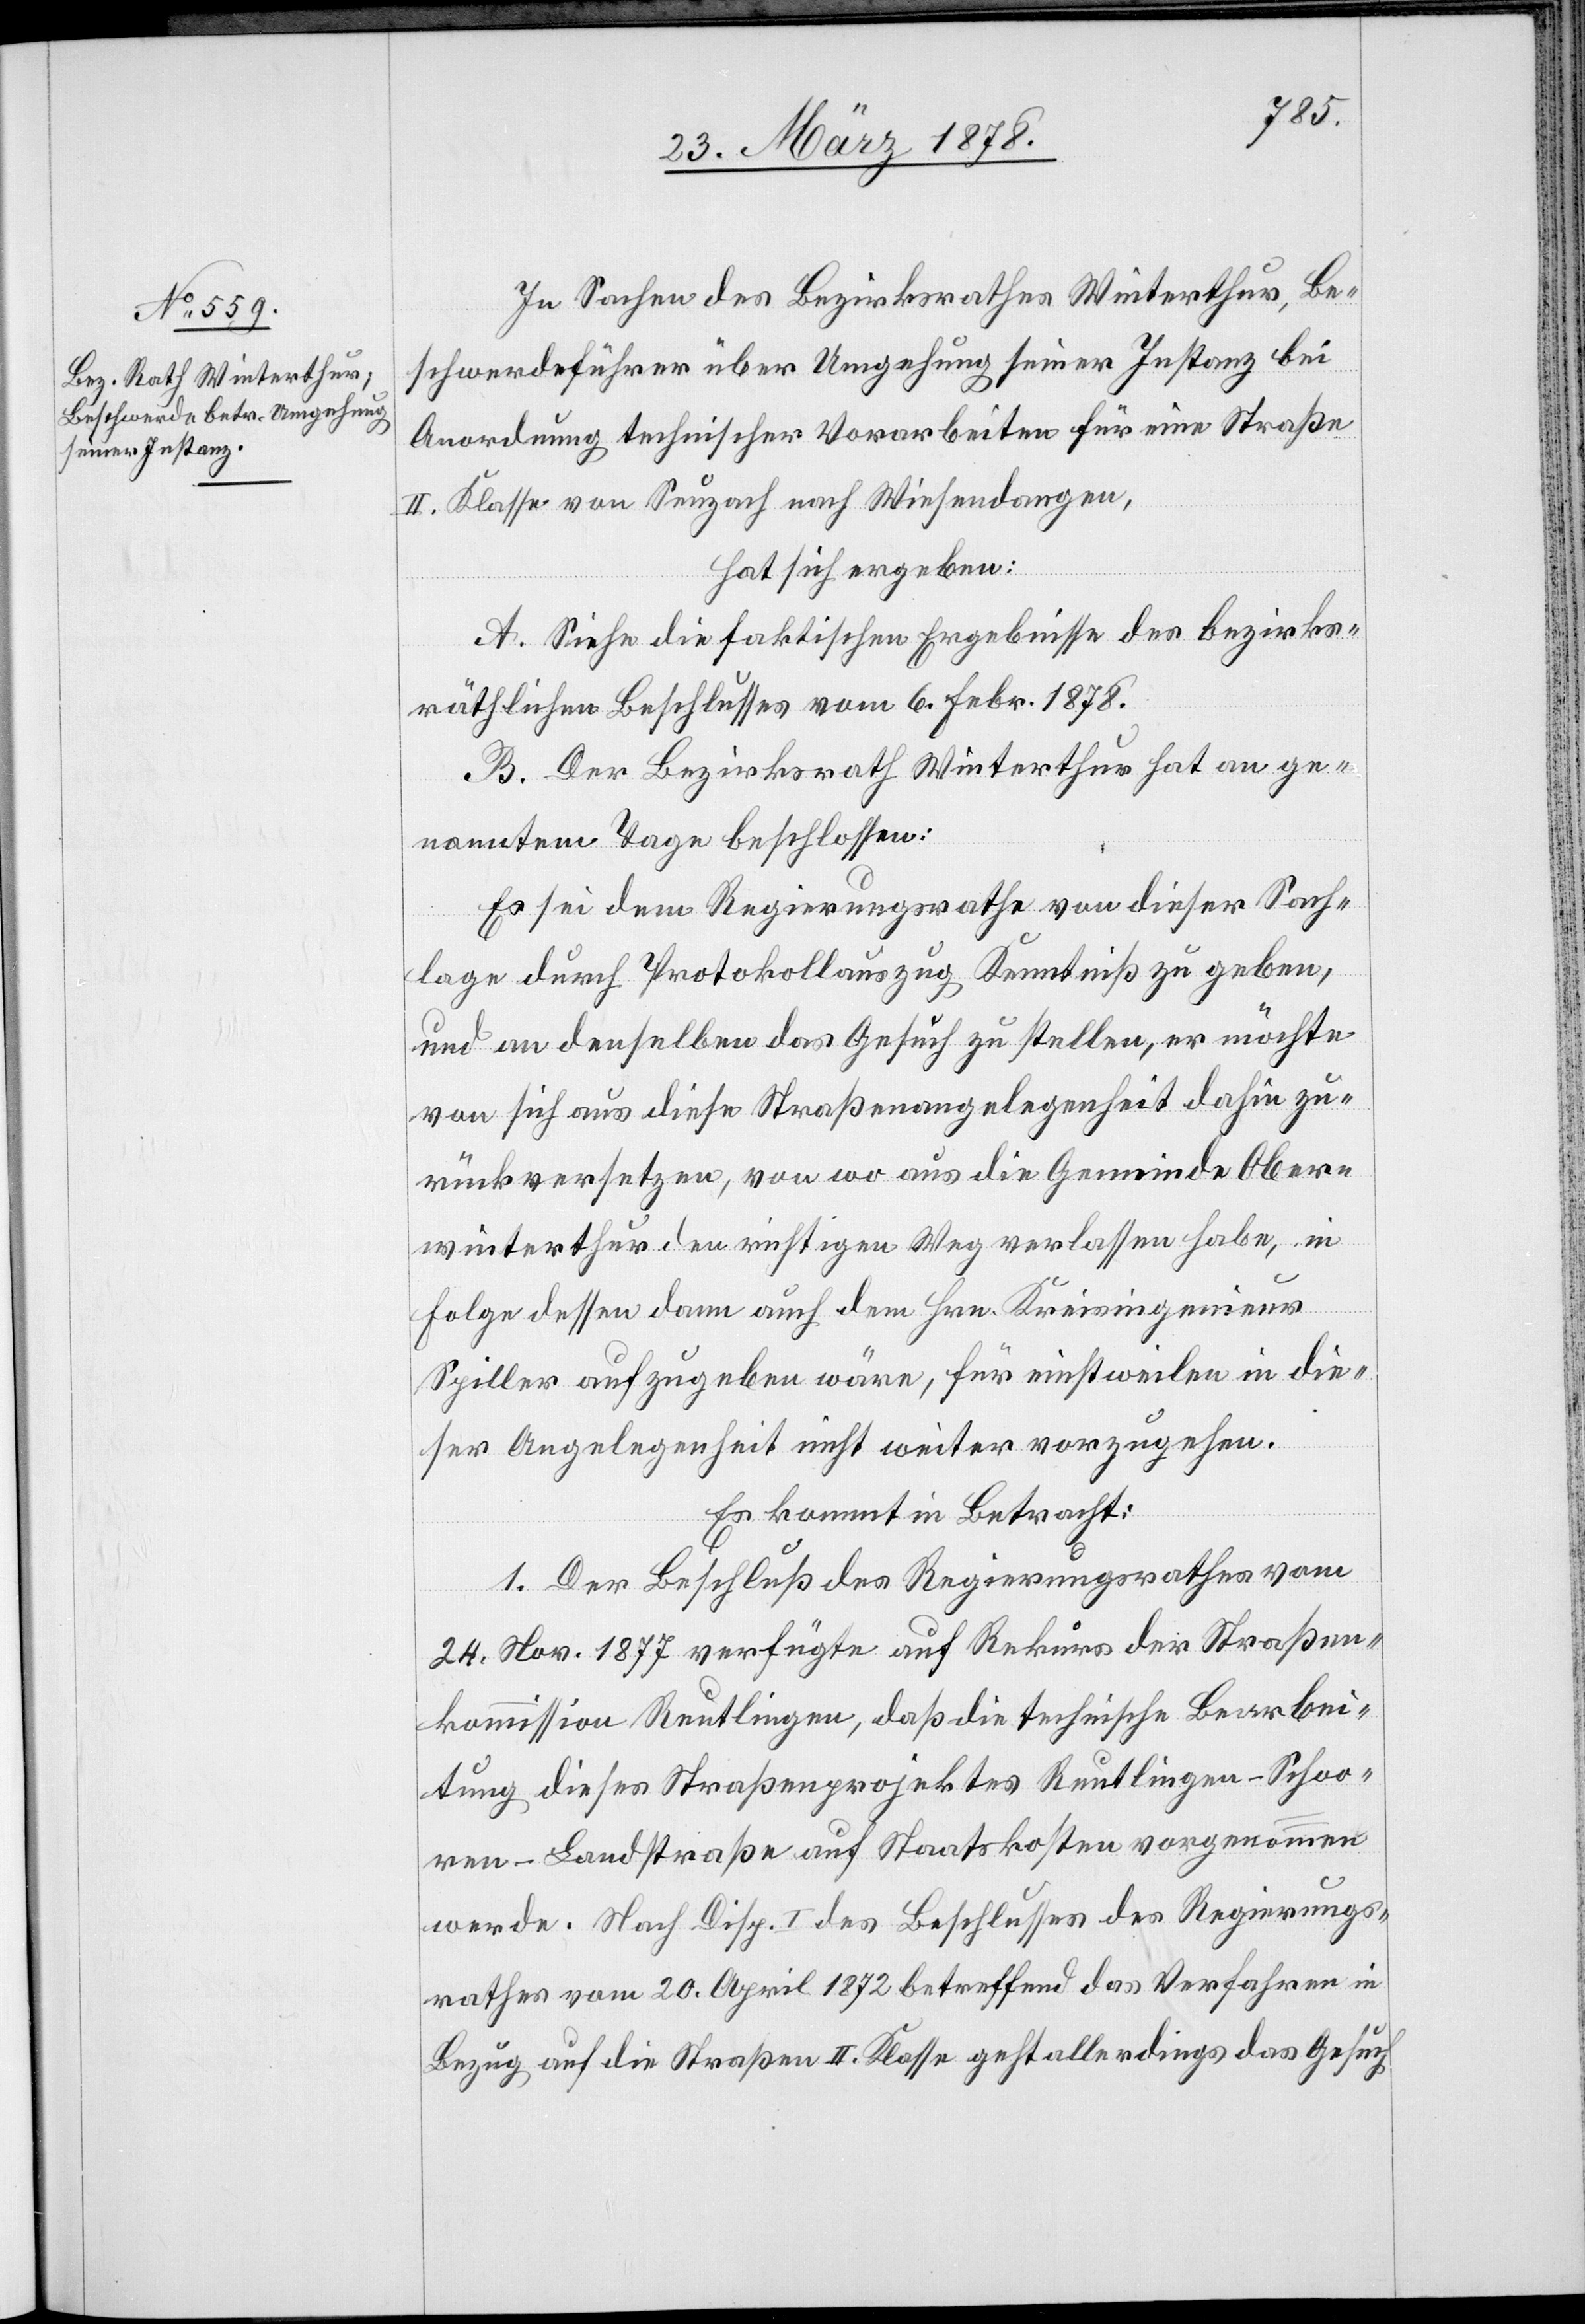
In Sachen des Bezirksrathes Winterthur, Be¬
schwerdeführer über Umgehung seiner Instanz bei
Anordnung technischer Vorarbeiten für eine Straße
II. Klasse von Seuzach nach Wiesendangen,
hat sich ergeben:
A. Siehe die faktischen Ergebnisse des bezirks¬
räthlichen Beschlusses vom 6. Febr. 1878.
B. Der Bezirksrath Winterthur hat an ge¬
nanntem Tage beschlossen:
Es sei dem Regierungsrathe von dieser Sach¬
lage durch Protokollauszug Kenntniß zu geben,
und an denselben das Gesuch zu stellen, er möchte
von sich aus diese Straßenangelegenheit dahin zu¬
rückversetzen, von wo aus die Gemeinde Ober¬
winterthur den richtigen Weg verlassen habe, in
Folge dessen dann auch dem Hrn. Kreisingenieur
Spiller aufzugeben wäre, für einstweilen in die¬
ser Angelegenheit nicht weiter vorzugehen.
Es kommt in Betracht:
1. Der Beschluß des Regierungsrathes vom
24. Nov. 1877 verfügte auf Rekurs der Straßen¬
kommission Reutlingen, daß die technische Bearbei¬
tung dieses Straßenprojektes Reutlingen–Schoo¬
ren–Landstraße auf Staatskosten vorgenommen
werde. Nach Disp. I des Beschlusses des Regierungs¬
rathes vom 20. April 1872 betreffend das Verfahren in
Bezug auf die Straßen II. Klasse geht allerdings das Gesuch